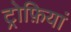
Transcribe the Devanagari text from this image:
ट्रोफ़ियां